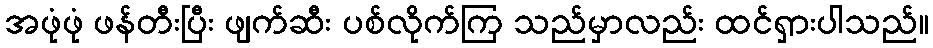
အဖုံဖုံ ဖန်တီးပြီး ဖျက်ဆီး ပစ်လိုက်ကြ သည်မှာလည်း ထင်ရှားပါသည်။